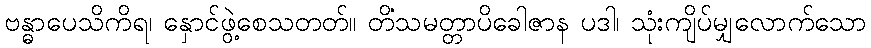
ဗန္ဓာပေသိကိရ၊ နှောင်ဖွဲ့စေသတတ်။ တိံသမတ္တာပိခေါဇာန ပဒါ၊ သုံးကျိပ်မျှလောက်သော